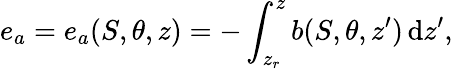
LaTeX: e_{a}=e_{a}(S,\theta,z)=-\int_{z_{r}}^{z}b(S,\theta,z^{\prime})\, \mathrm{d}z^{\prime},